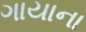
ગાયાના